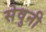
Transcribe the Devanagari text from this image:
सेवुनी